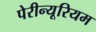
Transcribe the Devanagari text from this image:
पेरीन्यूरियम